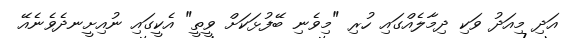
އަދި މިއަދު ވަކި ދިމާލެއްގައި ހުރި "މިވެނި ބޭފުޅަކަށް ވީތީ" އެކީގައި ނުއިށީނދެވެނެއޭ